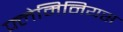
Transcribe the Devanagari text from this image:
फ्लेमिनियस